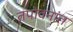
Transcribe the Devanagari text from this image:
तपोवनांत